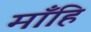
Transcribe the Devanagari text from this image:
माँहि